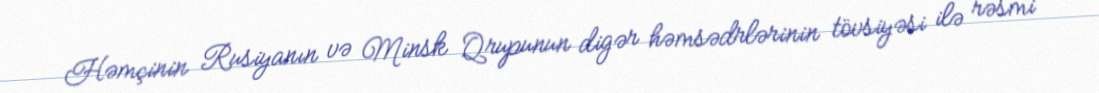
Həmçinin Rusiyanın və Minsk Qrupunun digər həmsədrlərinin tövsiyəsi ilə rəsmi